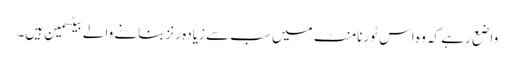
واضع رہے کہ وہ اس ٹورنامنٹ میں سب سے زیادہ رنز بنانے والے بیٹسمین ہیں۔